Civil Veterinary Dept. Bombay admin report 1914-1922 - 1914-1922
Year: 1914
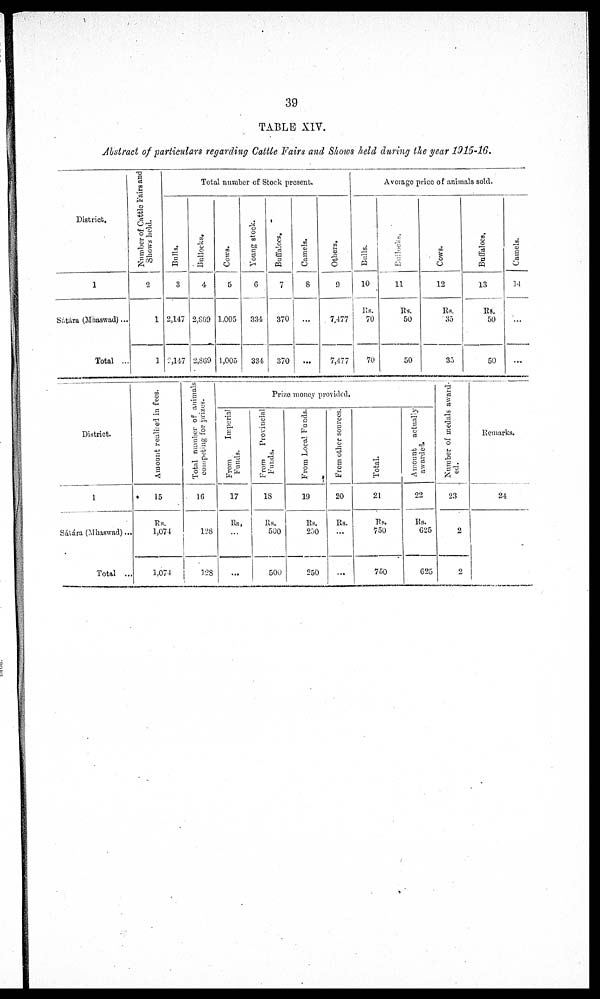
39
TABLE XIV.
Abstract of particulars regarding Cattle Fairs and Shows held during the year 1915-16.
District.
1
Sátára (Mhaswad) ...
Total ...
Number of Cattle Fairs and
Shows held.
2
1
1
Total number of Stock present.
Bulls.
3
2,147
2,147
Bullocks.
4
2,869
2,869
Cows.
5
1,005
1,005
Young stock.
6
334
334
Buffaloes.
7
370
370
Camels.
8
...
...
Others.
9
7,477
7,477
Average price of animals sold.
Bulls.
10
Rs.
70
70
Bullocks.
11
Rs.
50
50
Cows.
12
Rs.
35
35
Buffaloes.
13
Rs.
50
50
Camels.
14
...
...
District.
1
Sátára (Mhaswad) ...
Total ...
Amount realived in fees.
15
Rs.
1,074
1,074
Total number of animals
competing for prizes.
16
128
128
Prize money provided.
From
Imperial
Funds.
17
Rs.
...
...
From
Provincial
Funds.
18
Rs.
500
500
From Local Funds.
19
Rs.
250
250
From other sources.
20
Rs.
...
...
Total.
21
Rs.
750
750
Amount actually
awarded.
22
Rs.
625
625
Number of medals award-
ed.
23
2
2
Remarks.
24